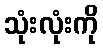
သုံးလုံးကို